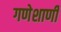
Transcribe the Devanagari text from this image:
गणेशाणी